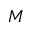
M